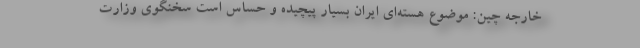
خارجه چین: موضوع هسته‌ای ایران بسیار پیچیده و حساس است سخنگوی وزارت